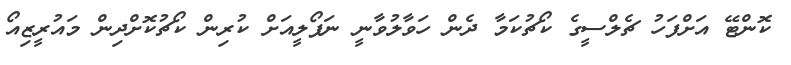
ކޮންޓޭ އަށްފަހު ޗެލްސީގެ ކޯޗުކަމާ ދެން ހަވާލުވާނީ ނަޕޯލީއަށް ކުރިން ކޯޗުކޮށްދިން މައުރީޒިއޯ